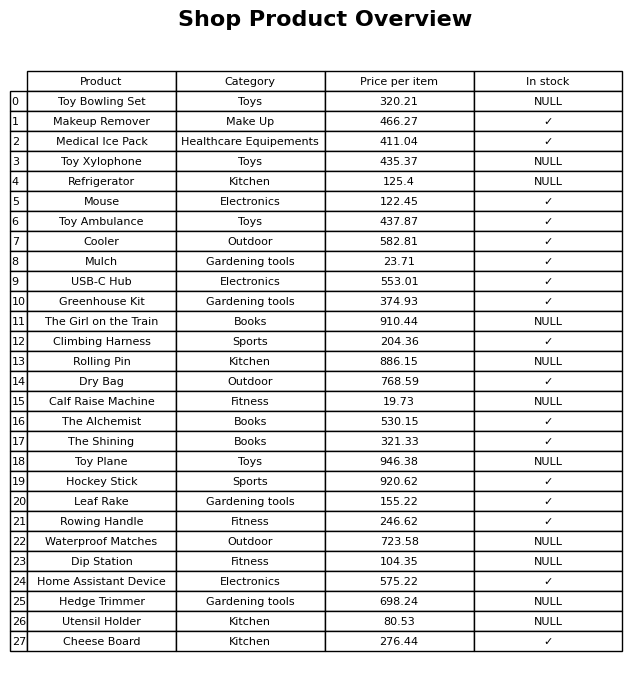
question: What is the price for Utensil Holder?
answer: The price of Utensil Holder is 80.53.